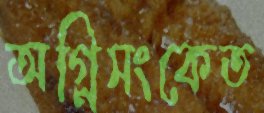
অগ্নিসংকেত